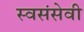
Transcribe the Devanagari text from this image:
स्वसंसेवी